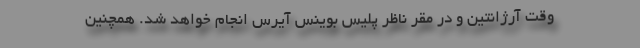
وقت آرژانتین و در مقر ناظر پلیس بوینس آیرس انجام خواهد شد. همچنین